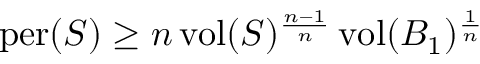
\mathrm { p e r } ( S ) \geq n \, \mathrm { v o l } ( S ) ^ { \frac { n - 1 } { n } } \, \mathrm { v o l } ( B _ { 1 } ) ^ { \frac { 1 } { n } }